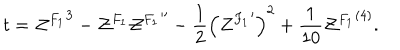
t = { { \cal Z } ^ { F _ { 1 } } } ^ { 3 } - { \cal Z } ^ { F _ { 1 } } { { \cal Z } ^ { F _ { 1 } } } ^ { \prime \prime } - { \frac { 1 } { 2 } } \left( { { \cal Z } ^ { F _ { 1 } } } ^ { \prime } \right) ^ { 2 } + { \frac { 1 } { 1 0 } } { { \cal Z } ^ { F _ { 1 } } } ^ { ( 4 ) } .